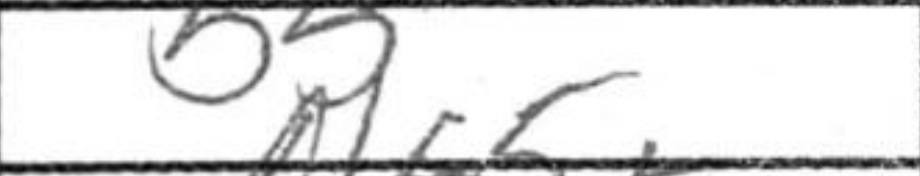
Transcription: b5